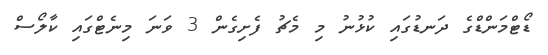
ޑޯޓްމަންޑްގެ ދަނޑުގައި ކުޅުނު މި މެޗު ފެށިގެން 3 ވަނަ މިނެޓްގައި ކާލޯސް